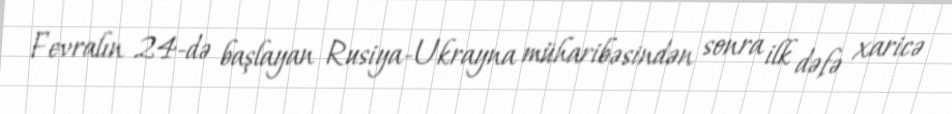
Fevralın 24-də başlayan Rusiya-Ukrayna müharibəsindən sonra ilk dəfə xaricə